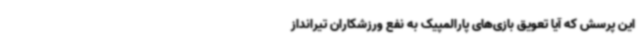
این پرسش که آیا تعویق بازی‌های پارالمپیک به نفع ورزشکاران تیرانداز